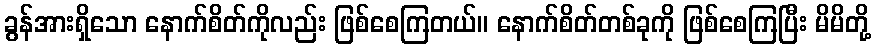
ခွန်အားရှိသော နောက်စိတ်ကိုလည်း ဖြစ်စေကြတယ်။ နောက်စိတ်တစ်ခုကို ဖြစ်စေကြပြီး မိမိတို့